Scottish Leaving Certificate Examination, 1957
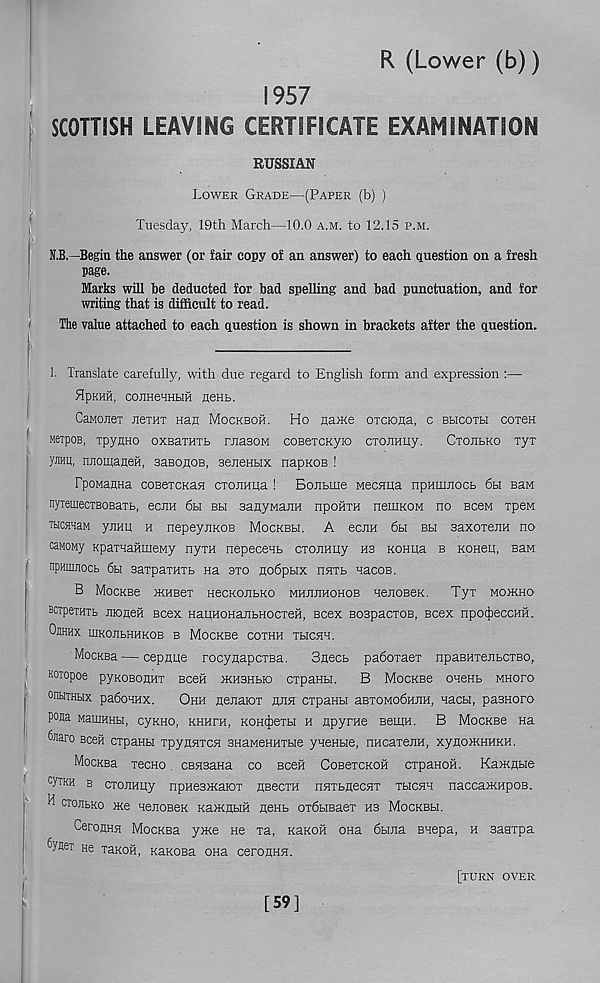
R (Lower (b))
1957
SCOTTISH LEAVING CERTIFICATE EXAMINATION
RUSSIAN
,
Lower Grade—(Paper (b) )
Tuesday, 19th March—10.0 a.m. to 12.15 p.m.
N.B.—Begin the answer (or fair copy of an answer) to each question on a fresh
page.
Marks will be deducted for bad spelling and bad punctuation, and for
writing that is difficult to read.
The value attached to each question is shown in brackets after the question.
1. Translate carefully, with due regard to English form and expression :—
flpKHH, COJIHeHHHH HCHfa.
CaMOJiei JieTHT nan Mockboh. Ho name oxciona, c bmcoth cotch
ueipoB, xpynHo oxBaxHxb rjiasow coBexcKyio cxonnuy.
Cxoebko xyx
ymu, nnomaneh, subohob, senenbix napKOB !
FpoManna coeexcKaH cxonnua ! Bojitme Mecnua npHinnocb 6bi Ban
nyiemecxBOBaxB, ecjiu 6hi bbi BanyMajiH npoilxH neuiKOM no bccm xpeM
TbicsnaM yjmq h nepeynKOB Mockbh. A ecjin 6bi bli saxoxenH no
caMony KpaxHaftmeMy nyxn nepecent cxorrany ns Konna b Konen, Ban
npniujiocb 6h saxpaxnxb na axo nodpbix nnxb nacoB.
B MoCKBe MHBex HeCKOIIbKO MHJIJIHOHOB HeJIOBeK. Tyx MO}KHO
BcxpexHXb EtoneH scex HanHOHanbHocxen, Bcex Bospaoxos, Bcex npot|)eccHH.
OkHHX lUKOJlbHHKOB B MoCKBe COXHH XblCnH.
Mockbu—cepnne rocyaapoxBa.
Snecb paboxaex npaBnxejibcxBo,
|
Koiopoe pyKOBOflnx Been mhbhbio cxpanbi.
B MocKBe onenb mhofo
onsiTHbix paboHHx.
Ohh nenatox jdih cxpanbi aBxoModnjiH, nacbi, pasnoro
^
pofla MaiEHHbi, cyKHo, KHnrn, koh^cxh h apyrae Bemn. B MocKBe na
fearo Been cxpanbi xpyHnxcn SHaMeHnxbie ynenbie, nncaxeriH, xynoMHUKH.
Mockbu xecno. csnsaHa co Been CosexcKOH expanon. Ka>KHbie
cyxKH b exorrany npHesjKarax HBecxn nnxbnecnx xbichh nacca>KHpoB.
H ctoubko ace nenoBeK KaHiHbiH nenb oxdbiBaex ns Mockbbi.
CeronHH MocKBa yme He xa, KaKon oHa 6bma Bnepa, h saaxpa
^yflex He xaKOH, KaKOsa ona ceroHHH.
f
K
[59]
[turn over